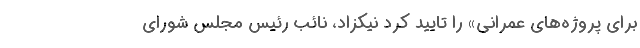
برای پروژه‌های عمرانی» را تایید کرد نیکزاد، نائب رئیس مجلس شورای